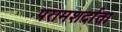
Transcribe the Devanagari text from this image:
परामशर्दाता